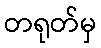
တရုတ်မှ